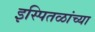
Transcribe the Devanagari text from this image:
इस्पितळांच्या